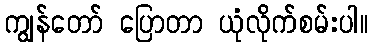
ကျွန်တော် ပြောတာ ယုံလိုက်စမ်းပါ။